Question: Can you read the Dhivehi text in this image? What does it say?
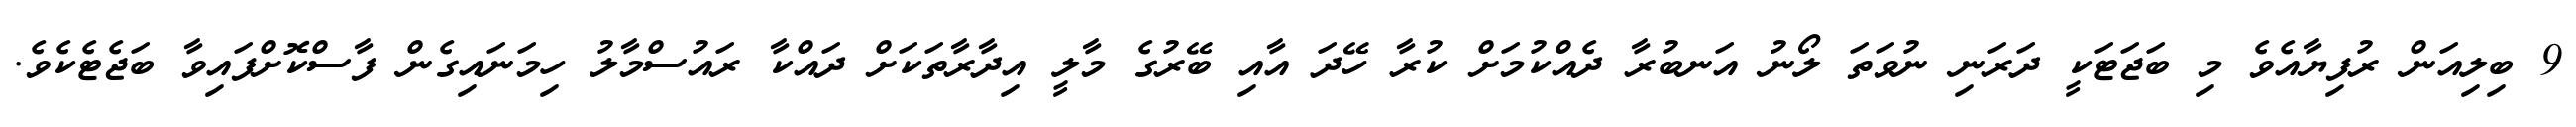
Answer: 9 ބިލިއަން ރުފިޔާއެވެ މި ބަޖަޓަކީ ދަރަނި ނުވަތަ ލޯނު އަނބުރާ ދެއްކުމަށް ކުރާ ހޭދަ އާއި ބޭރުގެ މާލީ އިދާރާތަކަށް ދައްކާ ރައުސްމާލު ހިމަނައިގެން ފާސްކޮށްފައިވާ ބަޖެޓެކެވެ.